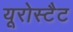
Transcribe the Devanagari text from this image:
यूरोस्टैट